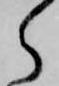
ら